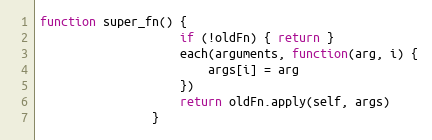
Language: JavaScript
function super_fn() {
					if (!oldFn) { return }
					each(arguments, function(arg, i) {
						args[i] = arg
					})
					return oldFn.apply(self, args)
				}